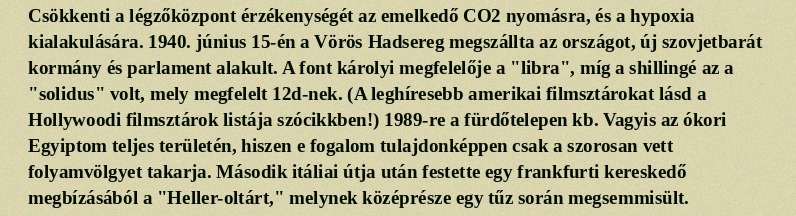
Csökkenti a légzőközpont érzékenységét az emelkedő CO2 nyomásra, és a hypoxia kialakulására. 1940. június 15-én a Vörös Hadsereg megszállta az országot, új szovjetbarát kormány és parlament alakult. A font károlyi megfelelője a "libra", míg a shillingé az a "solidus" volt, mely megfelelt 12d-nek. (A leghíresebb amerikai filmsztárokat lásd a Hollywoodi filmsztárok listája szócikkben!) 1989-re a fürdőtelepen kb. Vagyis az ókori Egyiptom teljes területén, hiszen e fogalom tulajdonképpen csak a szorosan vett folyamvölgyet takarja. Második itáliai útja után festette egy frankfurti kereskedő megbízásából a "Heller-oltárt," melynek középrésze egy tűz során megsemmisült.